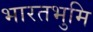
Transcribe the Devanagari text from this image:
भारतभुमि